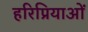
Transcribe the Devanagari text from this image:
हरिप्रियाओं